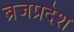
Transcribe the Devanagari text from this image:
ब्रजप्रदेश